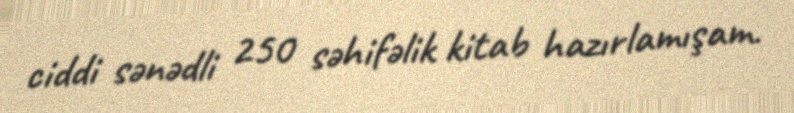
ciddi sənədli 250 səhifəlik kitab hazırlamışam.